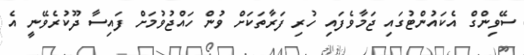
ސޭވިންގް އެކައުންޓުގައި ޖަމާވެފައި ހުރި ފަރާތަކަށް ވުން ހައްޖުވުމަށް ފައިސާ ދޫކުރެވޭނީ އެ